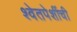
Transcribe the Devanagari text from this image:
श्वेतपेशींची